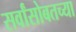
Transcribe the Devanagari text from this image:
सर्वांसोबतच्या